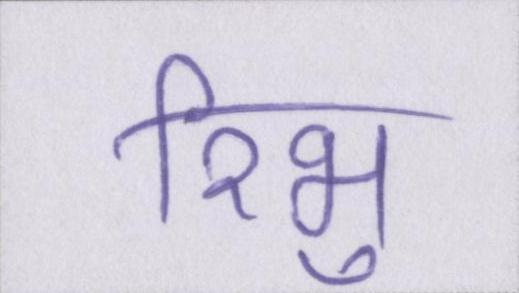
रिभु